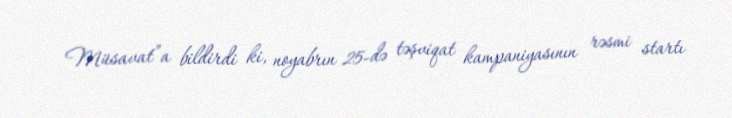
Müsavat”a bildirdi ki, noyabrın 25-də təşviqat kampaniyasının rəsmi startı